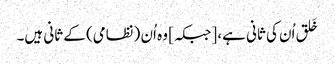
خَلق اُن کی ثانی ہے، [جبکہ] وہ اُن (نظامی) کے ثانی ہیں۔